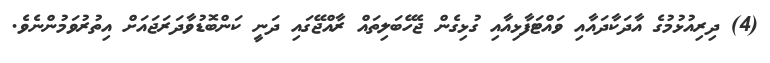
(4) ދިރިއުޅުމުގެ އާދަކާދައާއި ވައްޓަފާޅިއާއި ގުޅިގެން ޖެހޭބަލިތައް ރާއްޖޭގައި ދަނީ ކަންބޮޑުވާދަރަޖައަށް އިތުރުވަމުންނެވެ.